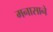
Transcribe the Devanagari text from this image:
मनासाने